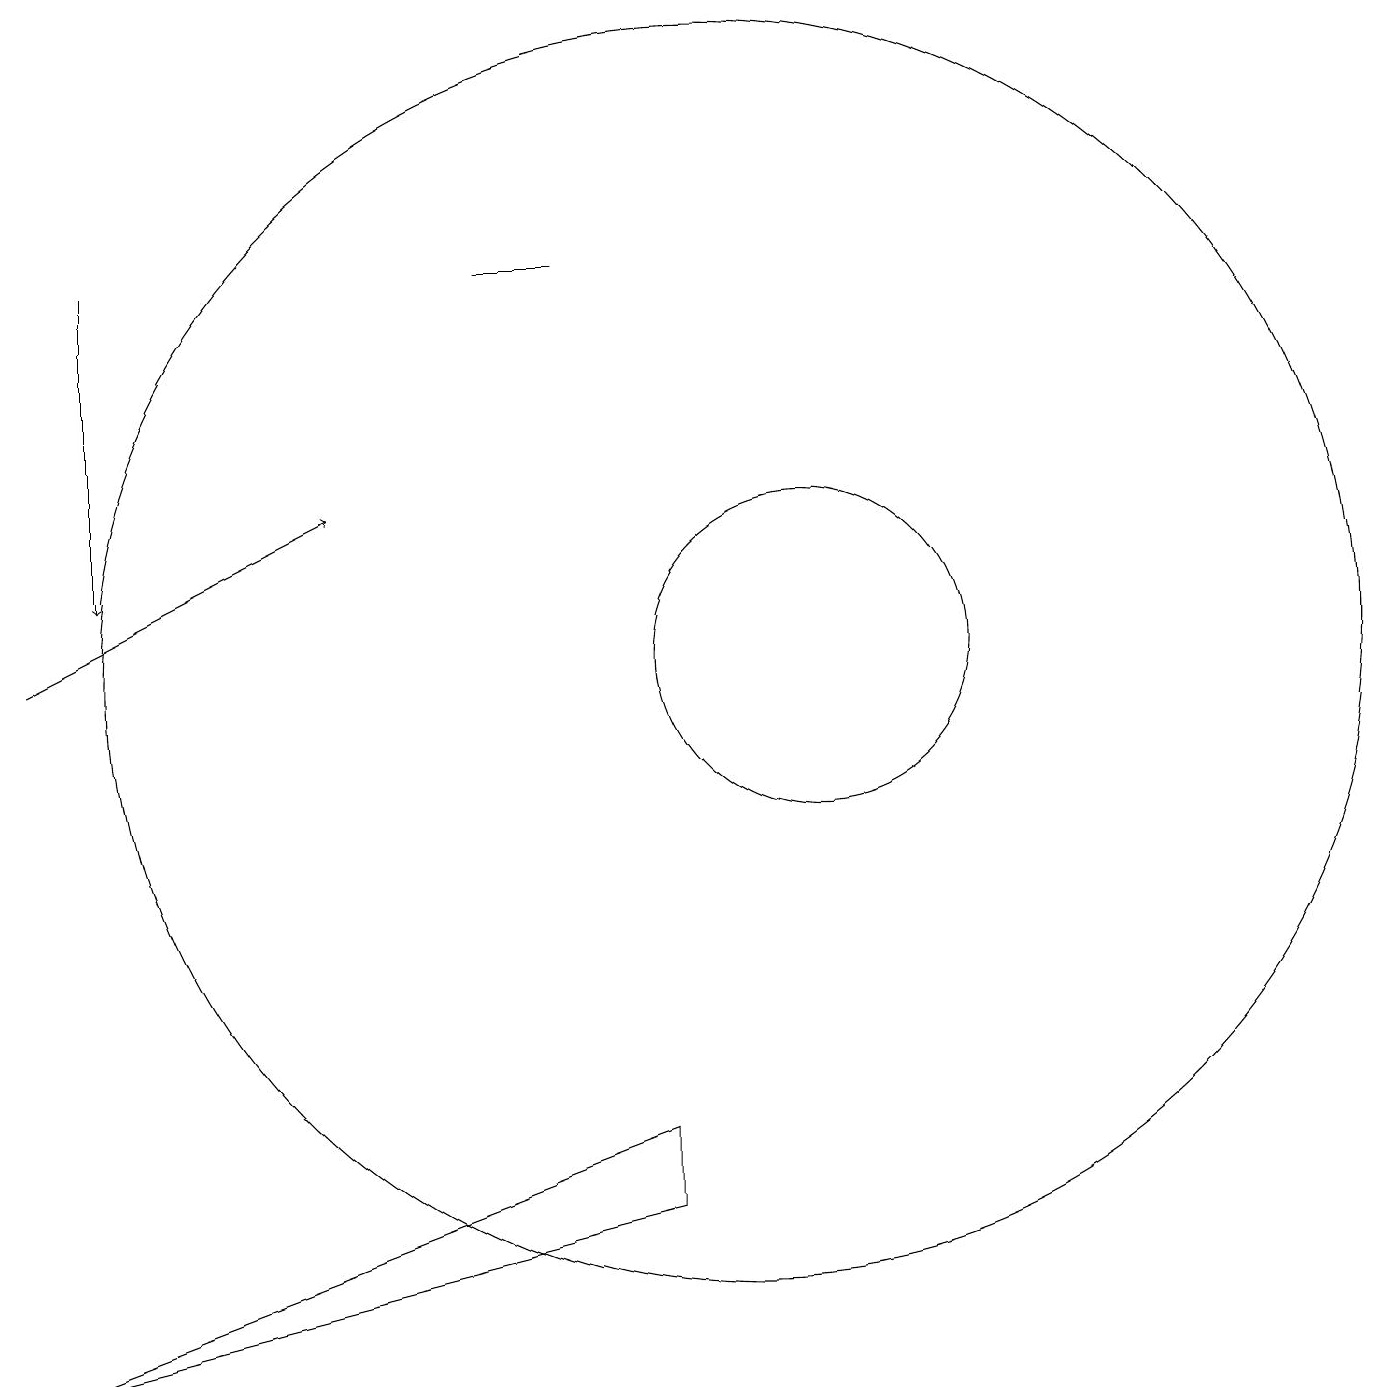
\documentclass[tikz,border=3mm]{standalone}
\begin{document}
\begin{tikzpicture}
\draw (1,1) -- (9,4) -- (9,3) -- cycle;
\draw[->] (2,15) -- (2,11);
\draw (10,10) circle (8);
\draw[->] (1,10) -- (5,12);
\draw (8,15) rectangle (7,15);
\draw (11,10) circle (2);
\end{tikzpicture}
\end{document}